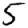
Digit: 5